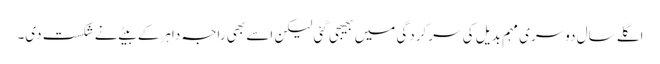
اگلے سال دوسری مہم بدیل کی سرکردگی میں بھیجی گئی لیکن اسے بھی راجہ داہر کے بیٹے نے شکست دی۔